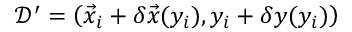
\mathcal { D } ^ { \prime } = \left( \vec { x } _ { i } + \delta \vec { x } ( y _ { i } ) , y _ { i } + \delta y ( y _ { i } ) \right)